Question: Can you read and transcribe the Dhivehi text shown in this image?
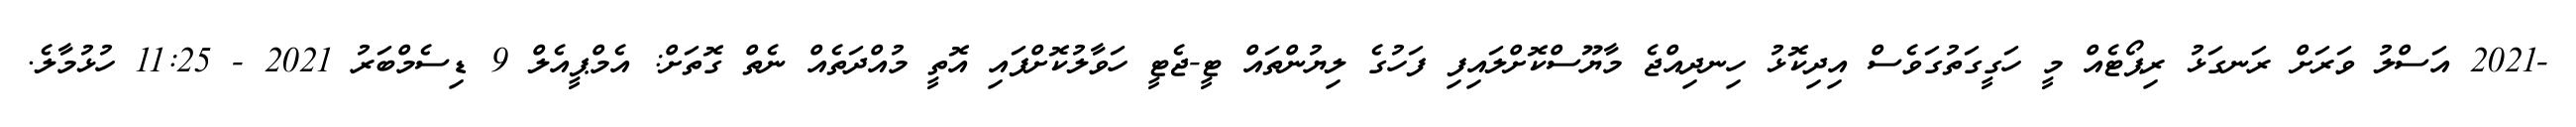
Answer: -2021 އަސްލު ވަރަށް ރަނގަޅު ރިޕޯޓެއް މީ ހަގީގަތުގަވެސް އިދިކޮޅު ހިނދިއްޖެ މާޔޫސްކޮށްލައިފި ފަހުގެ ލިޔުންތައް ޓީ-ޖެޓީ ހަވާލުކޮށްފައި އޮތީ މުއްދަތެއް ނެތް ގޮތަށް: އެމްޕީއެލް 9 ޑިސެމްބަރު 2021 - 11:25 ހުޅުމާލެ.